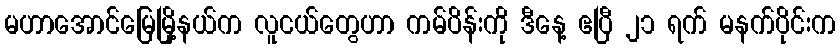
မဟာအောင်မြေမြို့နယ်က လူငယ်တွေဟာ ကမ်ပိန်းကို ဒီနေ့ ဧပြီ ၂၁ ရက် မနက်ပိုင်းက